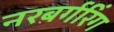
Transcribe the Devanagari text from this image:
नरबर्गरिंग